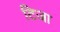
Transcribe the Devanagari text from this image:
टिजा